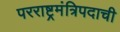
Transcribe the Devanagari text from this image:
परराष्ट्रमंत्रिपदाची